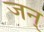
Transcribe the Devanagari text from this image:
जन्‌